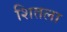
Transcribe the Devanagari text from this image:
शितला